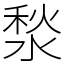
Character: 湬